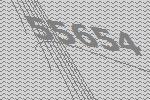
55654